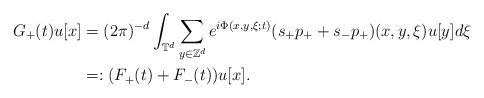
LaTeX: \begin{align*} G_+(t)u[x]&=(2\pi)^{-d} \int_{\mathbb{T}^d} \sum_{y\in\mathbb{Z}^d} e^{i\Phi(x,y,\xi;t)} (s_+ p_+ + s_- p_+)(x,y,\xi) u[y] d\xi \\&=:(F_+(t)+F_-(t))u[x]. \end{align*}